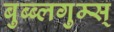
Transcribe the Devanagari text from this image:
बुब्ब्लगुम्स्